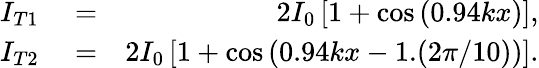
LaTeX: \begin{array}{rlr}{I_{T1}}&{{}=}&{2I_{0}\left[1+\cos\left(0.94kx\right)\right],}\\ {I_{T2}}&{{}=}&{2I_{0}\left[1+\cos\left(0.94kx-1.(2\pi/10)\right)\right].}\end{array}